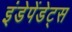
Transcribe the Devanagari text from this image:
इंडेपेंडेट्स